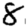
Digit: 8